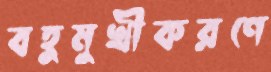
বহুমুখীকরণে